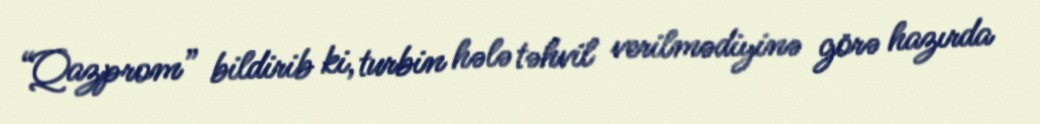
“Qazprom” bildirib ki, turbin hələ təhvil verilmədiyinə görə hazırda